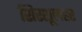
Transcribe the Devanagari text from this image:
शिरशूलहर